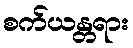
စက်ယန္တရား